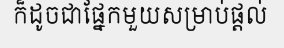
ក៏ដូចជាផ្នែកមួយសម្រាប់ផ្តល់